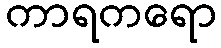
ကာရကရော